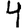
Digit: 4